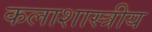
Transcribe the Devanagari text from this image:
कलाशास्त्रीय